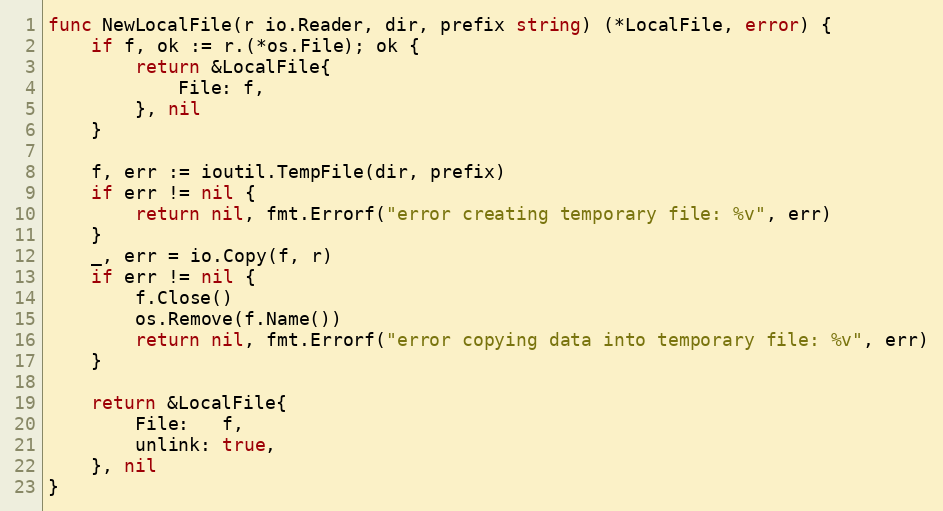
Language: Go
func NewLocalFile(r io.Reader, dir, prefix string) (*LocalFile, error) {
	if f, ok := r.(*os.File); ok {
		return &LocalFile{
			File: f,
		}, nil
	}

	f, err := ioutil.TempFile(dir, prefix)
	if err != nil {
		return nil, fmt.Errorf("error creating temporary file: %v", err)
	}
	_, err = io.Copy(f, r)
	if err != nil {
		f.Close()
		os.Remove(f.Name())
		return nil, fmt.Errorf("error copying data into temporary file: %v", err)
	}

	return &LocalFile{
		File:   f,
		unlink: true,
	}, nil
}